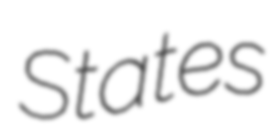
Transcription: States